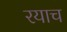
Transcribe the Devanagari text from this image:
रयाच